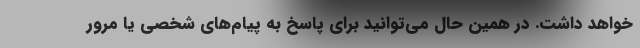
خواهد داشت. در همین حال می‌توانید برای پاسخ به پیام‌های شخصی یا مرور